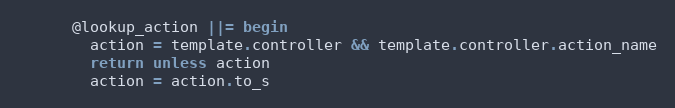
Language: Ruby
      @lookup_action ||= begin
        action = template.controller && template.controller.action_name
        return unless action
        action = action.to_s